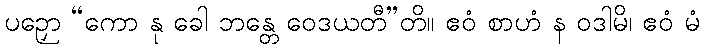
ပဉှော “ကော နု ခေါ ဘန္တေ ဝေဒယတီ”တိ။ ဧဝံ စာဟံ န ဝဒါမိ၊ ဧဝံ မံ